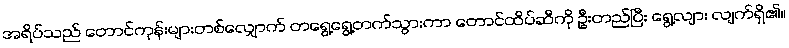
အရိပ်သည် တောင်ကုန်းများတစ်လျှောက် တရွေ့ရွေ့တက်သွားကာ တောင်ထိပ်ဆီကို ဦးတည်ပြီး ရွေ့လျား လျက်ရှိ၏။